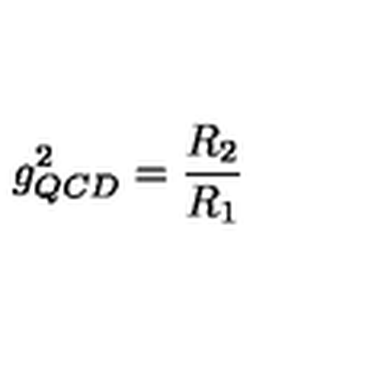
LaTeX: g _ { Q C D } ^ { 2 } = \frac { R _ { 2 } } { R _ { 1 } }